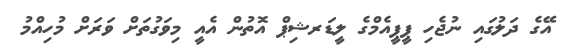
އޭގެ ދަލުގައި ނުޖެހި ޕީޕީއެމްގެ ލީޑަރޝިޕް އޮތުން އެއީ މިވަގުތަށް ވަރަށް މުހިއްމު